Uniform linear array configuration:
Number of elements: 16
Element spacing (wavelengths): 0.25
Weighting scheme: exponential
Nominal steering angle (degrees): -15
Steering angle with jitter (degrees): -15.666
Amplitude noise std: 0.05
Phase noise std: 0.05

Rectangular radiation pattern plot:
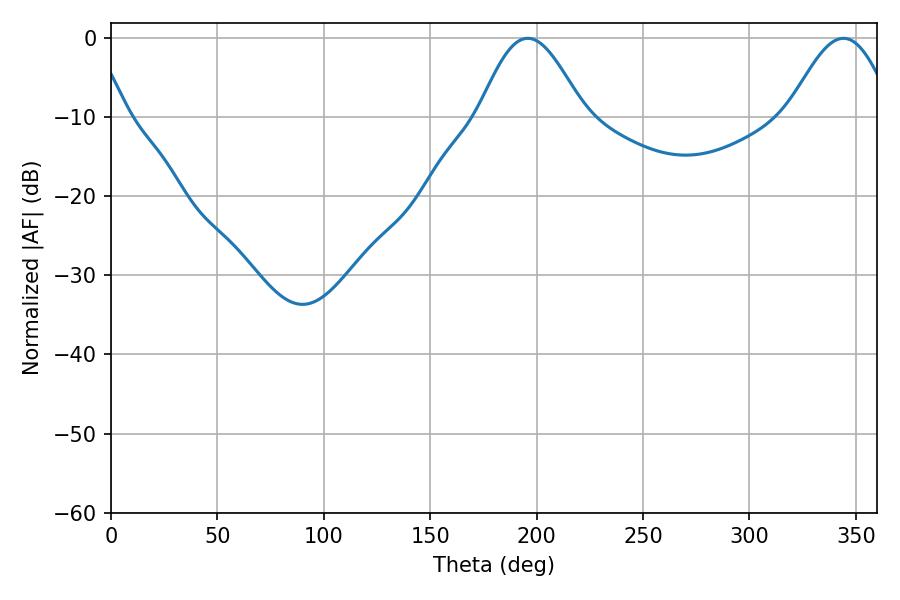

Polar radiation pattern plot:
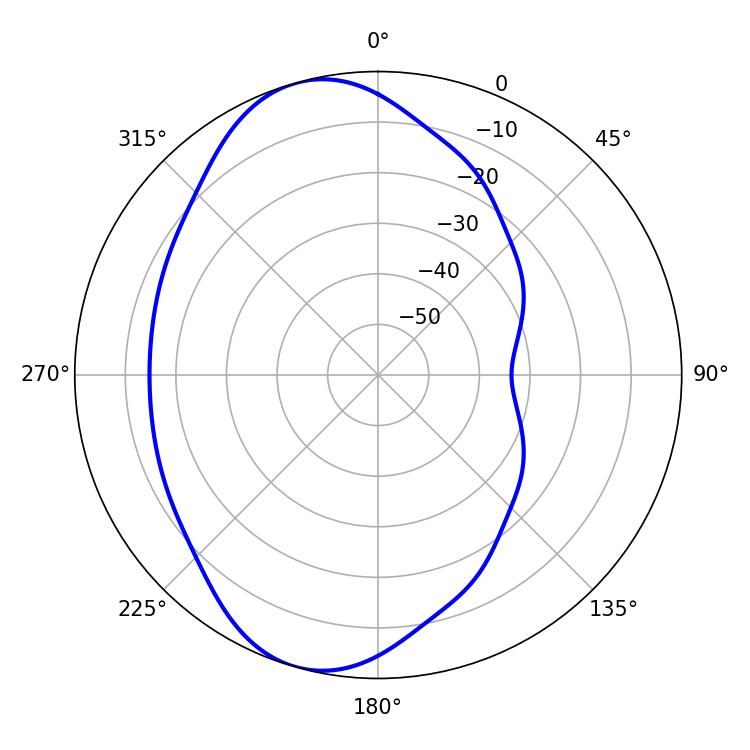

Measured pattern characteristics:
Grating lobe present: FALSE
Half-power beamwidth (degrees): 26.28
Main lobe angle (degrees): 195.84